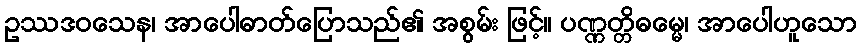
ဥဿဒဝသေန၊ အာပေါဓာတ်ပြောသည်၏ အစွမ်း ဖြင့်။ ပဏ္ဏတ္တိဓမ္မေ၊ အာပေါဟူသော